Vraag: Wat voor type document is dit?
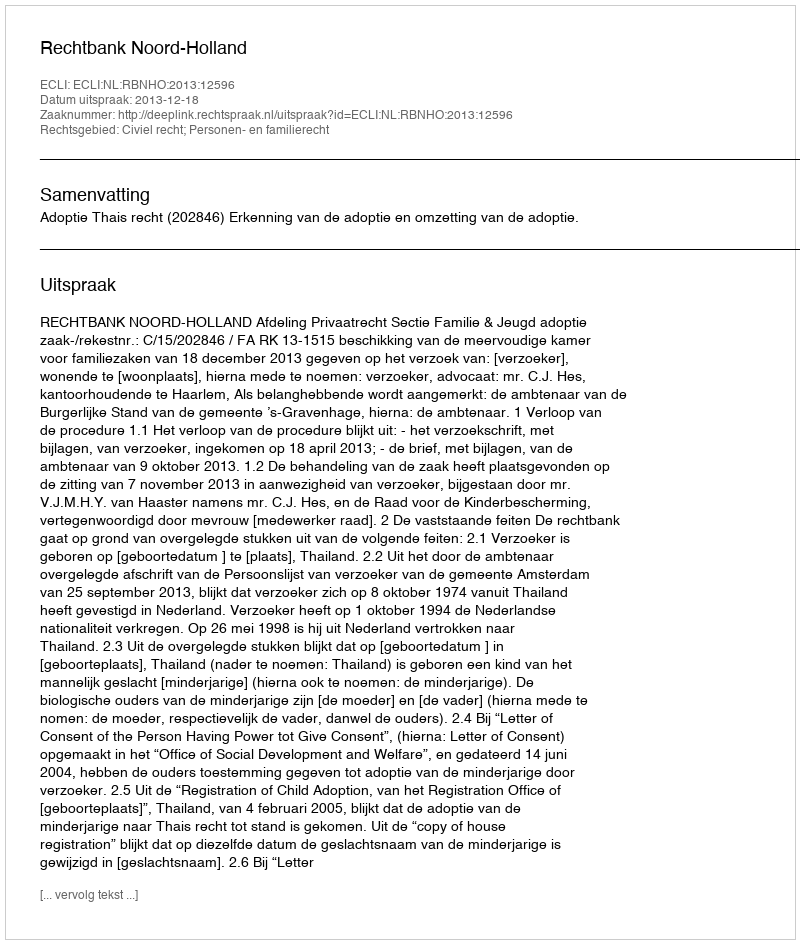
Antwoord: Uitspraak